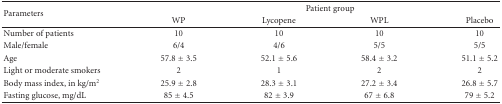
<table><thead><tr><td rowspan="2"><b>Parameters</b></td><td colspan="4"><b>Patient group </b></td></tr><tr><td><b>WP</b></td><td><b>Lycopene</b></td><td><b>WPL</b></td><td><b>Placebo </b></td></tr></thead><tbody><tr><td>Number of patients</td><td>10</td><td>10</td><td>10</td><td>10</td></tr><tr><td>Male/female</td><td>6/4</td><td>4/6</td><td>5/5</td><td>5/5</td></tr><tr><td>Age</td><td>57.8 ± 3.5</td><td>52.1 ± 5.6</td><td>58.4 ± 3.2</td><td>51.1 ± 5.2</td></tr><tr><td>Light or moderate smokers</td><td>2</td><td>1</td><td>2</td><td>2</td></tr><tr><td>Body mass index, in kg/m<sup>2</sup></td><td>25.9 ± 2.8</td><td>28.3 ± 3.1</td><td>27.2 ± 3.4</td><td>26.8 ± 5.7</td></tr><tr><td>Fasting glucose, mg/dL</td><td>85 ± 4.5</td><td>82 ± 3.9</td><td>67 ± 6.8</td><td>79 ± 5.2</td></tr></tbody></table>